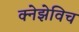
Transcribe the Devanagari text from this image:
क्नेझेविच